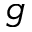
g